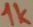
Text: 1k